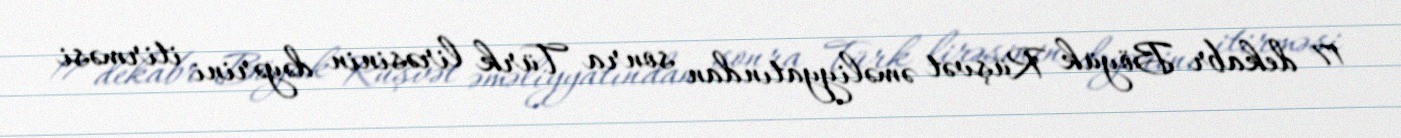
17 dekabr Böyük Rüşvət əməliyyatından sonra Türk lirəsinin dəyərini itirməsi